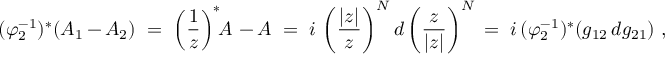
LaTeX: ( \varphi _ { 2 } ^ { - 1 } ) ^ { \ast } ( A _ { 1 } - A _ { 2 } ) \ = \ \left( \frac { 1 } { z } \right) ^ { \ast } \! \! A \, - A \ = \ i \, \left( \frac { | z | } { z } \right) ^ { N } d \left( \frac { z } { | z | } \right) ^ { N } \, = \ i \, ( \varphi _ { 2 } ^ { - 1 } ) ^ { \ast } ( g _ { 1 2 } \, d g _ { 2 1 } ) \ ,